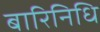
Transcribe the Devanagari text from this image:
बारिनिधि